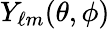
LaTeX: Y_{\ell m}(\theta,\phi)